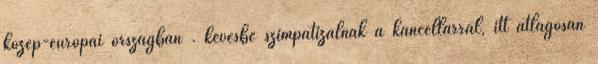
közép-európai országban . kevésbé szimpatizálnak a kancellárral, itt átlagosan